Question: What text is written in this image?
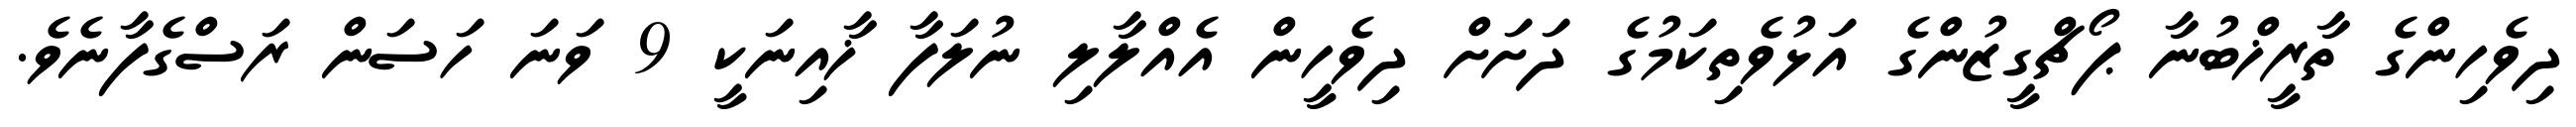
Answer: ދިވެހިންގެ ތާރީޚްބުނާ ޕޯޗްގީޒުންގެ އަޅުވެތިކަމުގެ ދަށަށް ދިވެހީން އެއްލާލި ނުލަފާ ޚާއިނަކީ 9 ވަނަ ހަސަން ރަސްގެފާނެވެ.